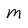
Character: M